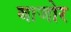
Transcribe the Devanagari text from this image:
बाजोर